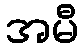
အမီ